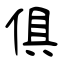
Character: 俱